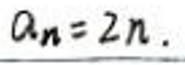
$a_{n}=2n.$